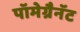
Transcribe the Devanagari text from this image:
पॉमेग्रैनॅट